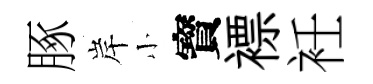
䐁岸小寳褾衽